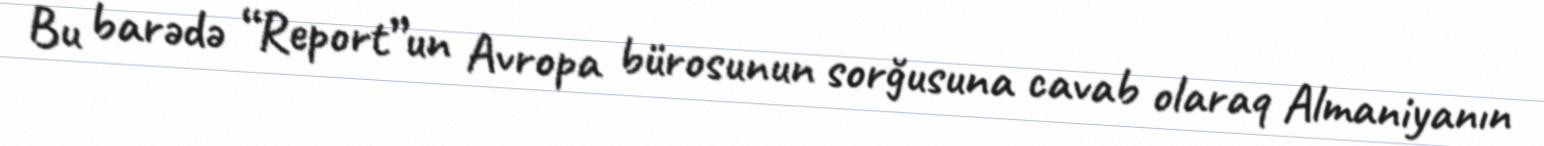
Bu barədə “Report”un Avropa bürosunun sorğusuna cavab olaraq Almaniyanın